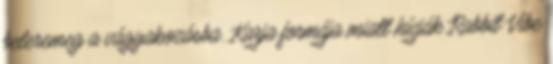
beleremeg a vágyakozásba. Karja formája miatt hívják Rabbit Vibe